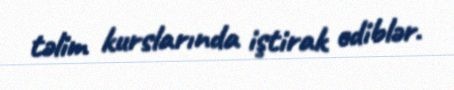
təlim kurslarında iştirak ediblər.